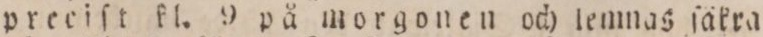
prceiſt kl. 9 på morgonen och lemnas ſäkra